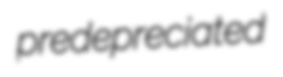
predepreciated